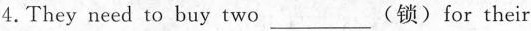
4.They need to buy two___(锁) for their